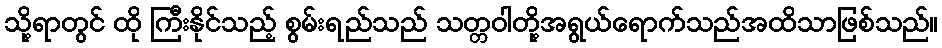
သို့ရာတွင် ထို ကြီးနိုင်သည့် စွမ်းရည်သည် သတ္တဝါတို့အရွယ်ရောက်သည်အထိသာဖြစ်သည်။